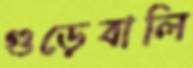
গুড়েবালি